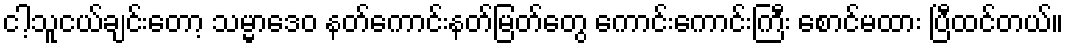
ငါ့သူငယ်ချင်းတော့ သမ္မာဒေဝ နတ်ကောင်းနတ်မြတ်တွေ ကောင်းကောင်းကြီး စောင်မထား ပြီထင်တယ်။